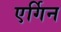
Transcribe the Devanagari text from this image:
एर्गिन